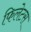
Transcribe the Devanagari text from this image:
फिलेटस